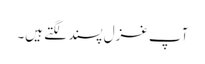
آپ غزل پسند لگتے ہیں۔